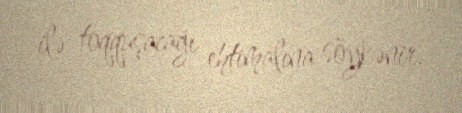
ilə toqquşacağı ehtimalına söykənir.